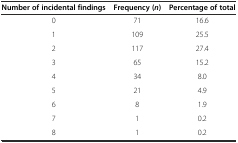
<table><thead><tr><td><b>Number of incidental findings</b></td><td><b>Frequency (<i>n</i>)</b></td><td><b>Percentage of total</b></td></tr></thead><tbody><tr><td>0</td><td>71</td><td>16.6</td></tr><tr><td>1</td><td>109</td><td>25.5</td></tr><tr><td>2</td><td>117</td><td>27.4</td></tr><tr><td>3</td><td>65</td><td>15.2</td></tr><tr><td>4</td><td>34</td><td>8.0</td></tr><tr><td>5</td><td>21</td><td>4.9</td></tr><tr><td>6</td><td>8</td><td>1.9</td></tr><tr><td>7</td><td>1</td><td>0.2</td></tr><tr><td>8</td><td>1</td><td>0.2</td></tr></tbody></table>